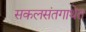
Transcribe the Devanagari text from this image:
सकलसंतगाथेत